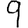
Digit: 9